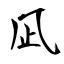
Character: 凪